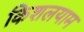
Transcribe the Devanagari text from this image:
किशलयाम